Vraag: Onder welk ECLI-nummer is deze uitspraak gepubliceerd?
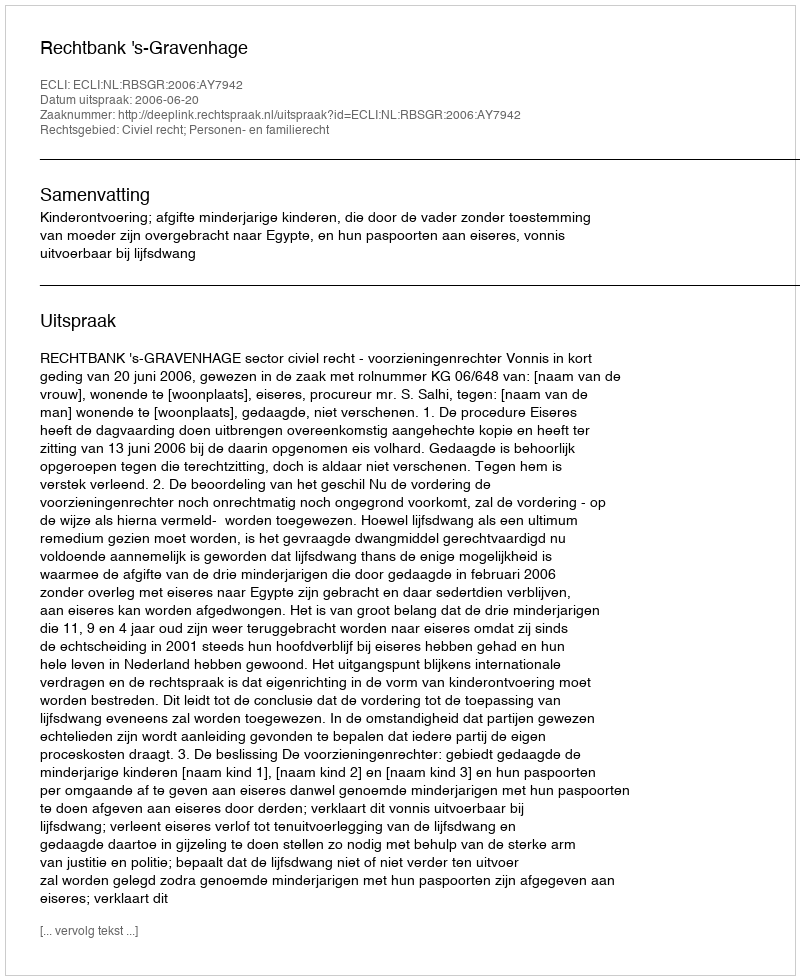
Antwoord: ECLI:NL:RBSGR:2006:AY7942